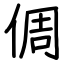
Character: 倜